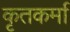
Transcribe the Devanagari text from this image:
कृतकर्मा